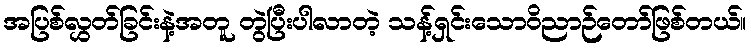
အပြစ်လွှတ်ခြင်းနဲ့အတူ တွဲပြီးပါလာတဲ့ သန့်ရှင်းသောဝိညာဉ်တော်ဖြစ်တယ်။